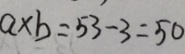
a \times b = 5 3 - 3 = 5 0